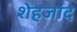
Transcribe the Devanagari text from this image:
शेहजाद